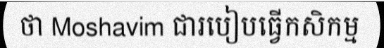
ថា Moshavim ជារបៀបធ្វើកសិកម្ម